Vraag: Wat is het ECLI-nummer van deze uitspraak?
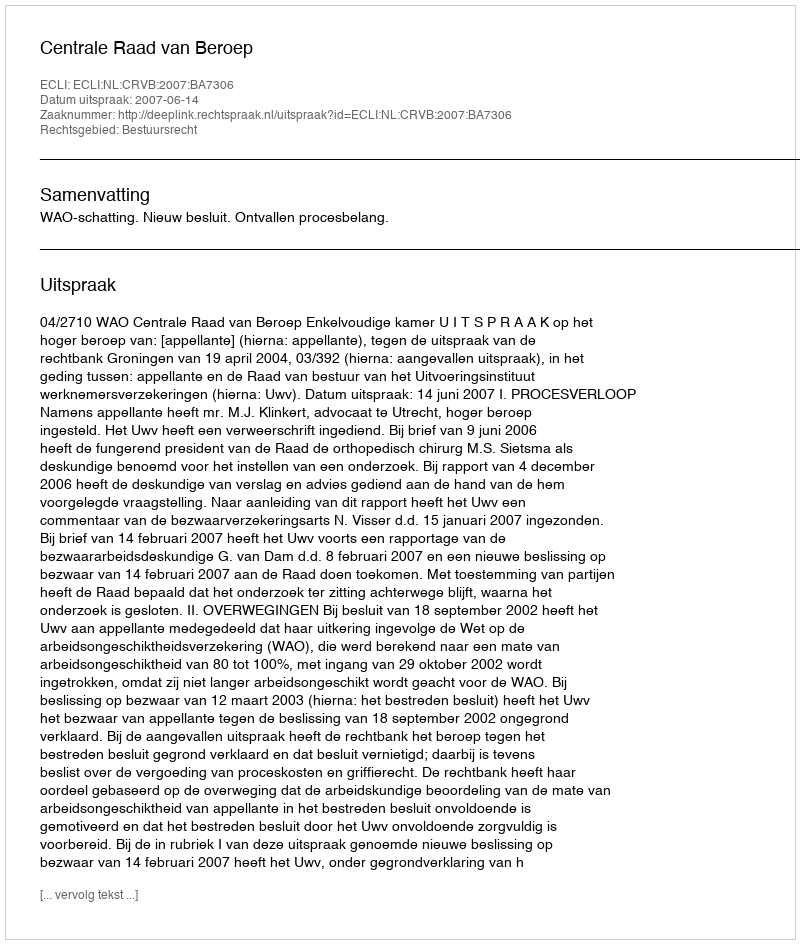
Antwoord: ECLI:NL:CRVB:2007:BA7306